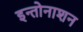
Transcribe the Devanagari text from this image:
इन्तोनाशन